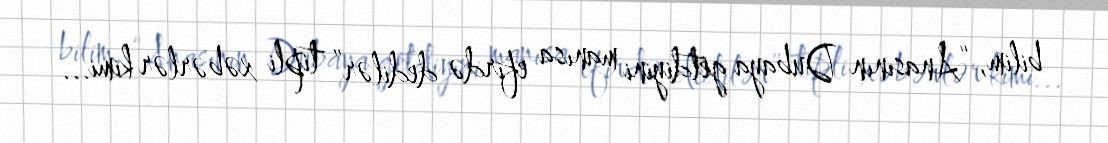
bilim, “Anasının Dubaya getdiyini manısa efirdə dedilər” tipli xəbərlər kimi...